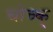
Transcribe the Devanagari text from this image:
चोच्क्